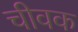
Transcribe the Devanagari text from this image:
चीवक